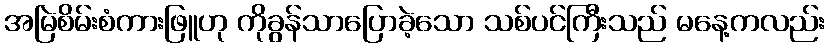
အမြဲစိမ်းစံကားဖြူဟု ကိုခွန်သာပြောခဲ့သော သစ်ပင်ကြီးသည် မနေ့ကလည်း